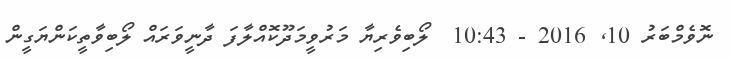
ނޮވެމްބަރު 10